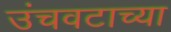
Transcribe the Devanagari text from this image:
उंचवटाच्या